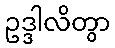
ဥဒ္ဒါလိတွာ